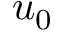
u _ { 0 }